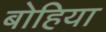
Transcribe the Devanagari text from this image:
बोहिया